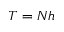
T = N h